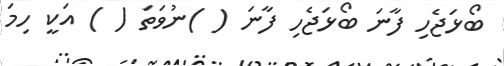
ބޯޅަޖެހި ފާނަ ބޯޅަޖެހި ފާނަ ( )ނުވަތަ ( ) އަކީ ހިމަ